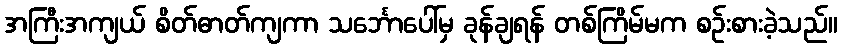
အကြီးအကျယ် စိတ်ဓာတ်ကျကာ သင်္ဘောပေါ်မှ ခုန်ချရန် တစ်ကြိမ်မက စဉ်းစားခဲ့သည်။